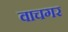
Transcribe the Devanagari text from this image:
वाचगर